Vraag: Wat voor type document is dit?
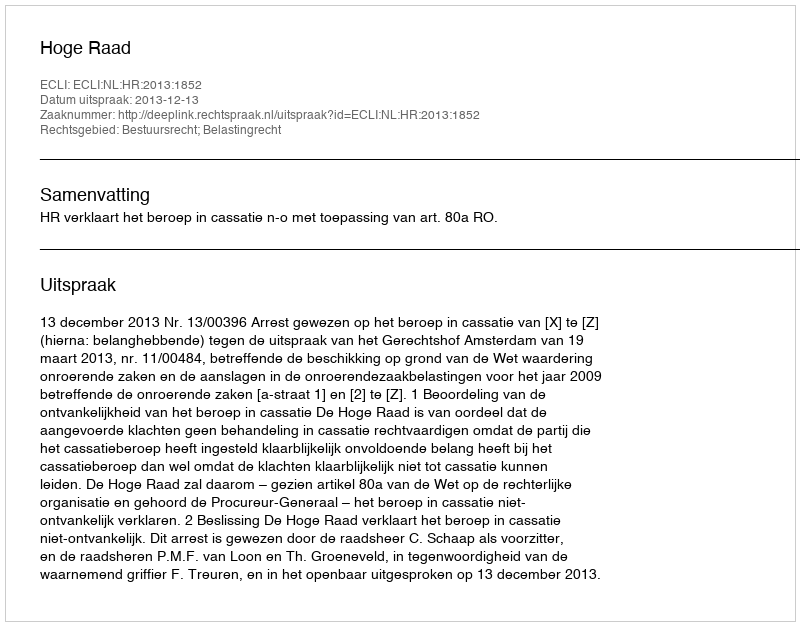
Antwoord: Uitspraak